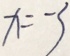
x = - 3